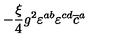
- \frac { \xi } { 4 } g ^ { 2 } \varepsilon ^ { a b } \varepsilon ^ { c d } \overline { { c } } ^ { a }